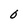
Character: O